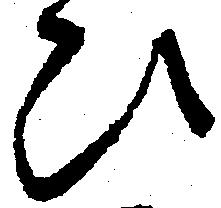
ひ